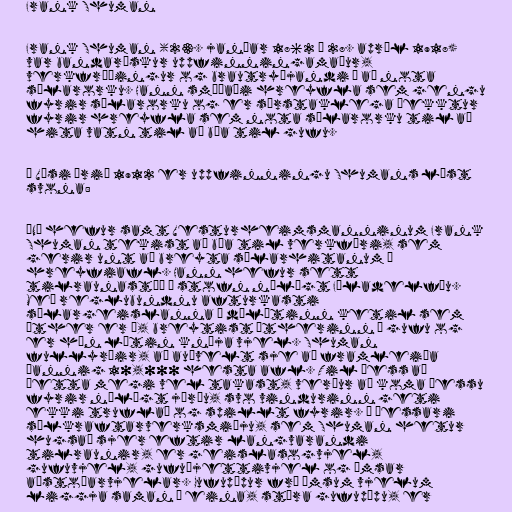
Frank Shuman

Frank Shuman (23. janúar 1862 – 28. apríl 1918)
var bandarískur uppfinningamaður,
verkfræðingur og brautryðjandi í að nota
sólarorku. Hann smíðaði hreyfla sem gengu
fyrir sólarorku og er sérstaklega þekktur
fyrir hreyfla sem nota sólarorku til að
hita vatn til að búa til gufu.

Í Vísi árið 1912 er uppfinningu Shumans lýst
svona:

“Nú hefur samt Vesturheimsmanninum Frank
Shuman tekist að búa til verkfæri, sem
gerir unt að breyta sólarhitanum í
hreyfiafl. Hann hefur sett
tilraunastöð á stofn nálægt Fíladelfíu.
Með reglubundnu afturkasti
sólargeislanna í dálítinn ketil sem
œther er í, breytist ætherinn í gufu og
er hún látin knýja vjel. Shuman
fullyrðir, að auðvelt sje að framleiða
þannig 10,000 hesta afl. Til þess að
þetta megi vel takast, verður að koma þessu
fyrir nálægt jörðu, svo vindurinn geti
ekki truflað og spillt fyrir. Í þessari
sólkraftarverksmiðju, sem Shuman hetur
hugsað sjer eftir langvarandi
tilraunir, er geislasogvjel,
gufuvjel, gufuþjettivjel og ýmsar
aðstoðarvjelar. Gufupípur frá ýmsum vjelum
liggja saman í eina, stóra gufupípu, er